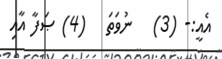
އެއީ:- (3)   ނުވަތަ   (4) ޞަފާ އާއި